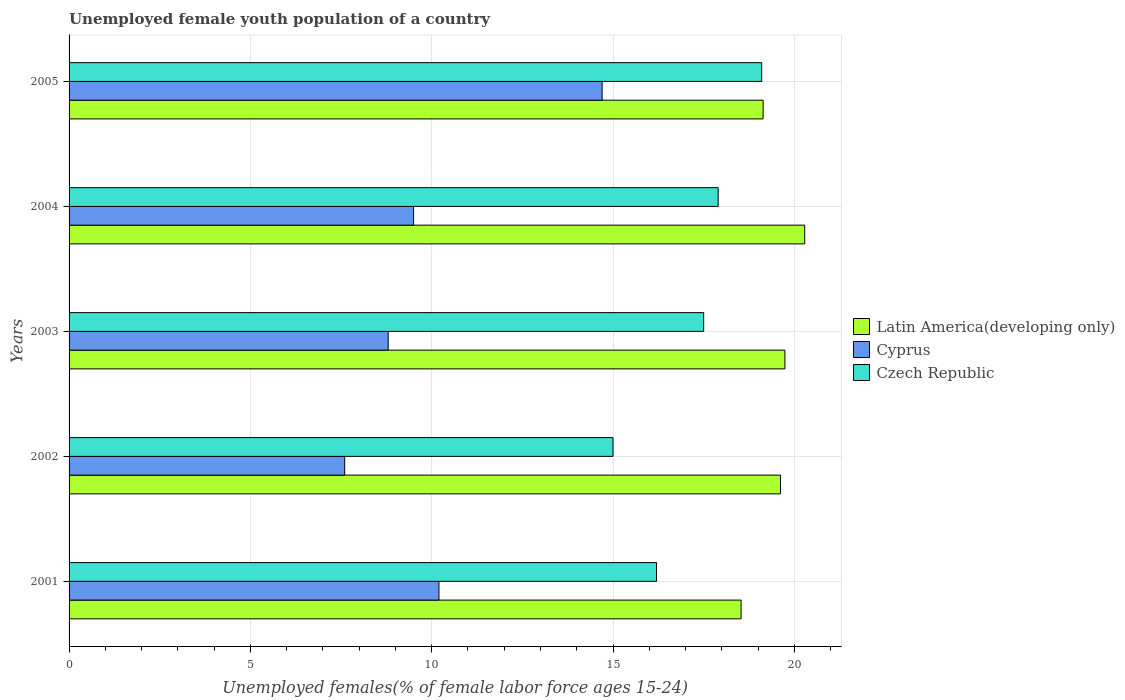
| Years | Latin America(developing only) | Cyprus | Czech Republic |
 | --- | --- | --- | --- |
 | 2001 | 18.5 | 10.2 | 16.2 |
 | 2002 | 19.6 | 7.6 | 15 |
 | 2003 | 19.7 | 8.8 | 17.5 |
 | 2004 | 20.3 | 9.5 | 17.9 |
 | 2005 | 19.1 | 14.7 | 19.1 |